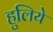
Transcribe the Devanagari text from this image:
हुलिये